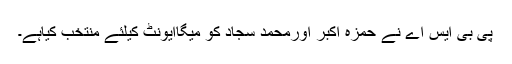
پی بی ایس اے نے حمزہ اکبر اورمحمد سجاد کو میگاایونٹ کیلئے منتخب کیاہے۔